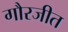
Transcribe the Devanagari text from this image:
गौरजीत